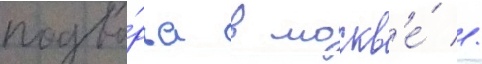
подво́рья в москв'е́ //